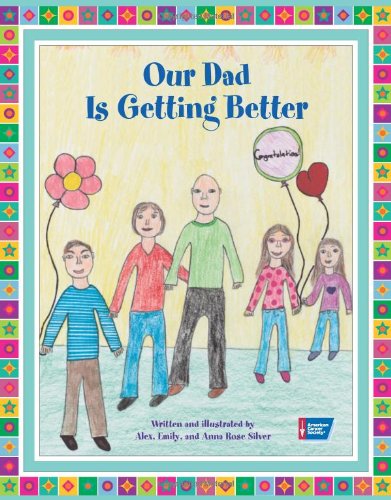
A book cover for Our Dad Is Getting Better; Alex Silver; Parenting & Relationships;